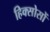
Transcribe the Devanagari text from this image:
हिक्सोसों